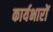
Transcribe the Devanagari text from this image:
कार्यभारों